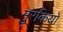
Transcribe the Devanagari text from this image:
मुरकियों